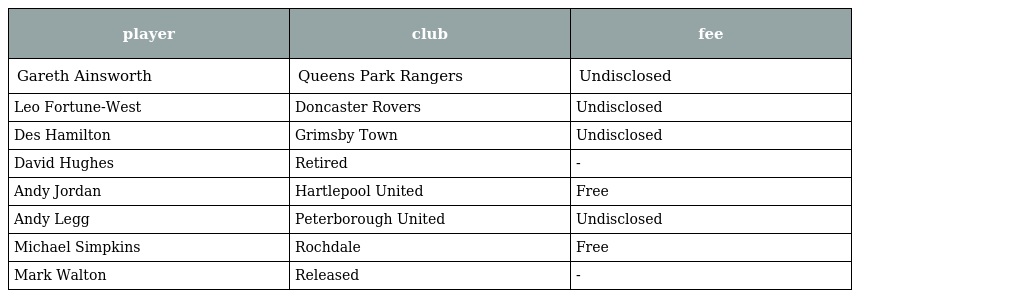
| player | club | fee |
 | --- | --- | --- |
 | Gareth Ainsworth | Queens Park Rangers | Undisclosed |
 | Leo Fortune-West | Doncaster Rovers | Undisclosed |
 | Des Hamilton | Grimsby Town | Undisclosed |
 | David Hughes | Retired | - |
 | Andy Jordan | Hartlepool United | Free |
 | Andy Legg | Peterborough United | Undisclosed |
 | Michael Simpkins | Rochdale | Free |
 | Mark Walton | Released | - |